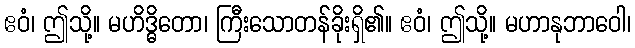
ဧဝံ၊ ဤသို့။ မဟိဒ္ဓိတော၊ ကြီးသောတန်ခိုးရှိ၏။ ဧဝံ၊ ဤသို့။ မဟာနုဘာဝေါ၊